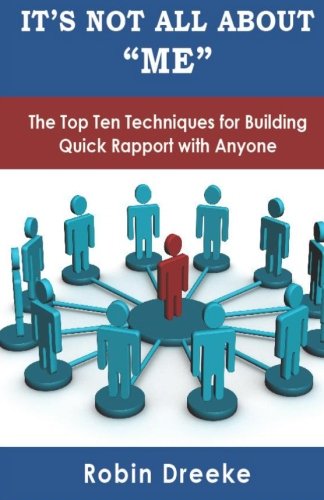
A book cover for It's Not All About Me: The Top Ten Techniques for Building Quick Rapport with Anyone; Robin Dreeke; Business & Money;